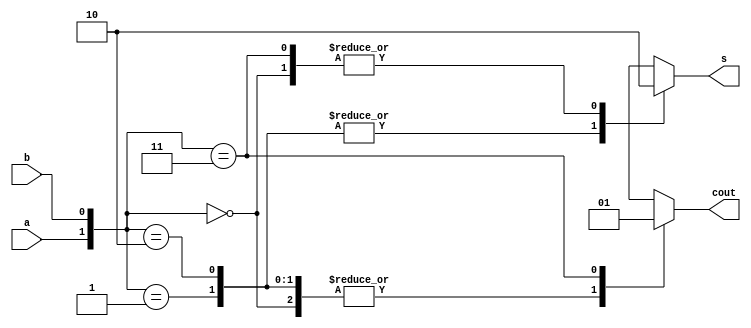
`timescale 1ns / 1ps
//////////////////////////////////////////////////////////////////////////////////
// Company: 
// Engineer: 
// 
// Design Name: 
// Module Name: half_adder_using_case_statement_gate2
// Project Name: 
// Target Devices: 
// Tool Versions: 
// Description: 
// 
// Dependencies: 
// 
// Revision:
// Revision 0.01 - File Created
// Additional Comments:
// 
//////////////////////////////////////////////////////////////////////////////////


module half_adder_using_case_statement_gate2(a,b,s,cout);
    input wire a,b;
    output reg s,cout;
    
    always@(a or b)
    begin
        case ({a,b})
            2'b00:begin s=0; cout=0; end
            2'b01:begin s=1; cout=0; end
            2'b10:begin s=1; cout=0; end
            2'b11:begin s=0; cout=1; end
        endcase
    end
    
endmodule